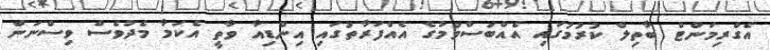
އެގްރިމަންޓް ބާތިލް ކުރުމުގައި އެއްބަސްވުމުގެ އެއްފަރާތުގައި އިންޑިއާ ވާތީ އެކަމާ މެދުވެސް ވިސްނަން